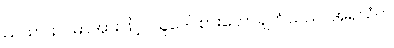
ယထာ၊ ဥပမာအားဖြင့်။ သူဒေါ၊ စားတော်ချက်သည်။ အရသံဝါ၊